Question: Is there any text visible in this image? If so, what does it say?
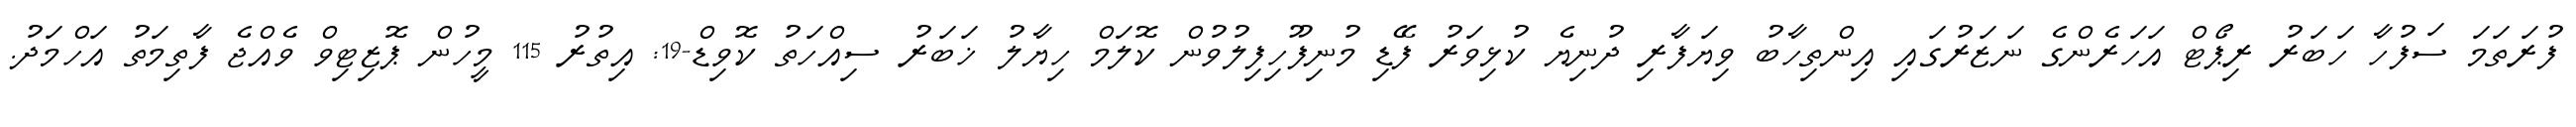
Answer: ފުރަތަމަ ސަފުހާ ހަބަރު ރިޕޯޓް އަހަރެންގެ ނަޒަރުގައި އިންތިހާބު ވިޔަފާރި ދުނިޔެ ކުޅިވަރު ފޭޑި މުނިފޫހިފިލުވުން ކޮލަމް ހިޔާލު ޚަބަރު ސިއްހަތު ކޮވިޑް-19: އިތުރު 115 މީހުން ޕޮޒިޓިވް ވެއްޖެ ފާތިމަތު އަހްމަދު.